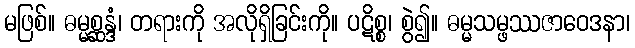
မဖြစ်။ ဓမ္မစ္ဆန္ဒံ၊ တရားကို အလိုရှိခြင်းကို။ ပဋိစ္စ၊ စွဲ၍။ ဓမ္မသမ္ဖဿဇာဝေဒနာ၊